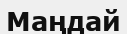
Маңдай